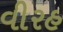
વીરહ